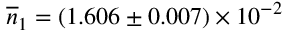
\overline { { n } } _ { 1 } = ( 1 . 6 0 6 \pm 0 . 0 0 7 ) \times 1 0 ^ { - 2 }